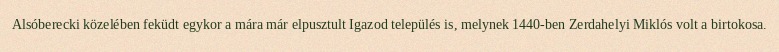
Alsóberecki közelében feküdt egykor a mára már elpusztult Igazod település is, melynek 1440-ben Zerdahelyi Miklós volt a birtokosa.